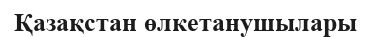
Қазақстан өлкетанушылары